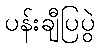
ပန်းချီပြပွဲ